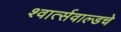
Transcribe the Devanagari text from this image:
श्वार्त्सवाल्डचे